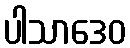
ပါသာဒေဝ